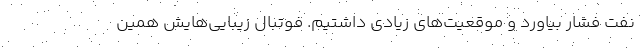
نفت فشار بیاورد و موقعیت‌های زیادی داشتیم. فوتبال زیبایی‌هایش همین